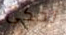
تحكي